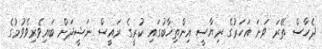
ދެހާސް ތޭރަ ވަނަ އަހަރުގެ ރިޔާސީ އިންތިޚާބުގައި ކުރީގެ ރައީސް ނަޝީދަށް ބައިވެރިވެވުމުގެ